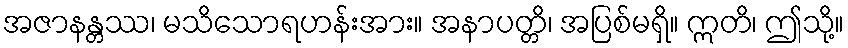
အဇာနန္တဿ၊ မသိသောရဟန်းအား။ အနာပတ္တိ၊ အပြစ်မရှိ။ ဣတိ၊ ဤသို့။